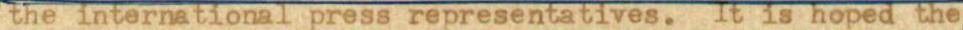
the international press representatives. It is hoped the